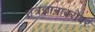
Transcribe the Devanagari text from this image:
तंत्रज्ञानाबरोबर